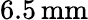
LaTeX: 6.5\, \mathrm{mm}